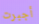
أجبرت